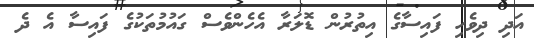
އަދި ދިވެހި ފައިސާގެ އިތުރުން ޑޮލަރާ އެހެންވެސް ގައުމުތަކުގެ ފައިސާ އެ ދެ